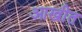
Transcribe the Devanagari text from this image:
आखीत